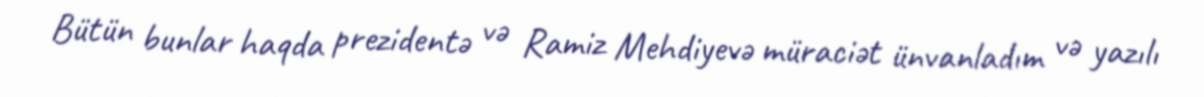
Bütün bunlar haqda prezidentə və Ramiz Mehdiyevə müraciət ünvanladım və yazılı